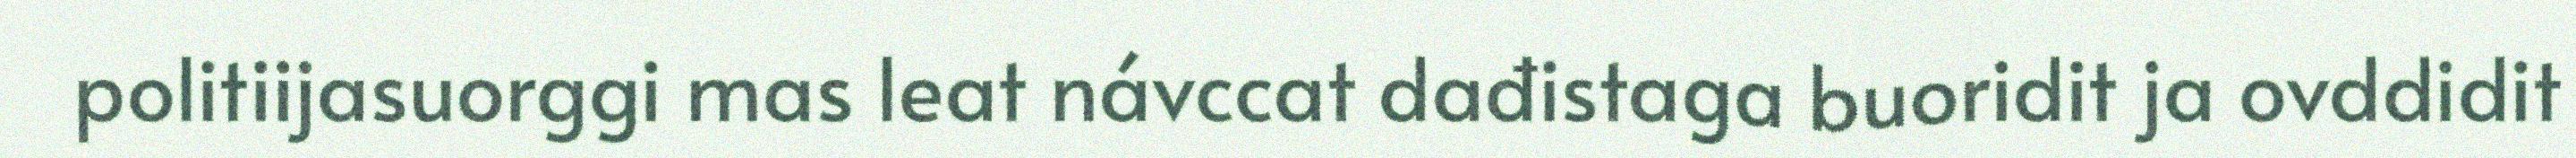
politiijasuorggi mas leat návccat dađistaga buoridit ja ovddidit